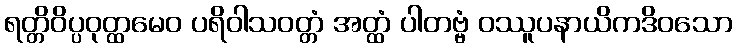
ရတ္တိဝိပ္ပဝုတ္ထမေဝ ပရိဝါသဝတ္တံ အတ္ထံ ပါတဗ္ဗံ ဝဿူပနာယိကဒိဝသော